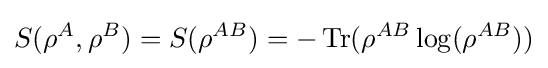
S(\rho ^{A},\rho ^{B})=S(\rho ^{AB})=-\operatorname {Tr} (\rho ^{AB}\log(\rho ^{AB}))